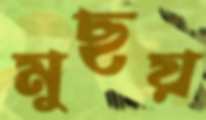
মুছয়